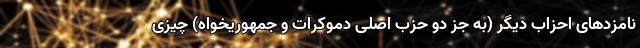
نامزدهای احزاب دیگر (به جز دو حزب اصلی دموکرات و جمهوریخواه) چیزی